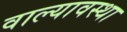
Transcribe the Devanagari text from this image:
वाल्यावस्था